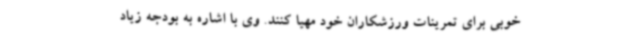
خوبی برای تمرینات ورزشکاران خود مهیا کنند. وی با اشاره به بودجه زیاد